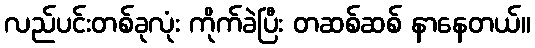
လည်ပင်းတစ်ခုလုံး ကိုက်ခဲပြီး တဆစ်ဆစ် နာနေတယ်။